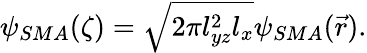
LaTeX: \psi_{SMA}(\zeta)=\sqrt{2\pi l_{yz}^{2}l_{x}}\psi_{SMA}(\vec{r}).